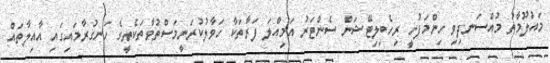
މައުލޫމާތު މުއްސަނދިވި ހިންމަފުށީ ރިހެބިލިޓޭޝަން ސެންޓަރު އަމިއްލަ ފަރާތަކާ ހަވާލުކުރަނީމަސްތުވާތަކެތީގެ ހަނގުރާމައިގައި އާއިލާތައް